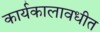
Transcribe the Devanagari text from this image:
कार्यकालावधीत